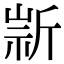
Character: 𣂫